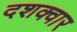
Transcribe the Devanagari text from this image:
दशक्वार